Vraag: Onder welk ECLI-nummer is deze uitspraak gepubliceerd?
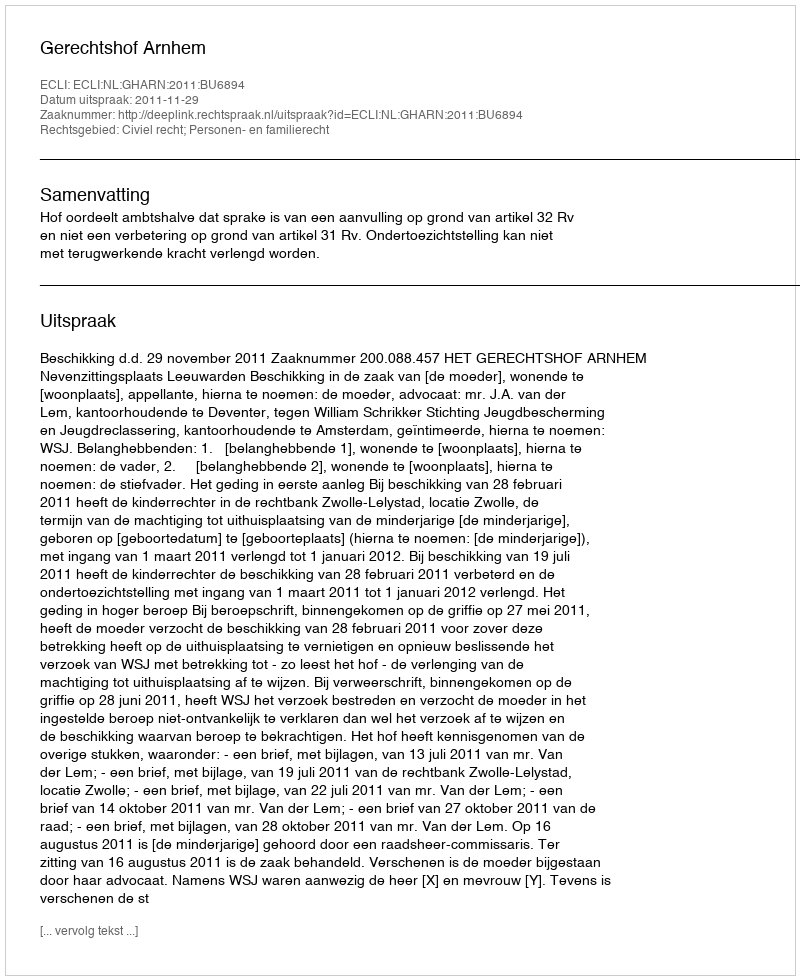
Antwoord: ECLI:NL:GHARN:2011:BU6894